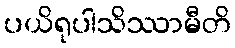
ပယိရုပါသိဿာမီတိ